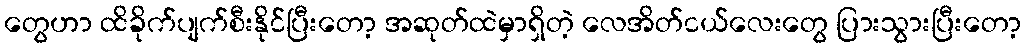
တွေဟာ ထိခိုက်ပျက်စီးနိုင်ပြီးတော့ အဆုတ်ထဲမှာရှိတဲ့ လေအိတ်ငယ်လေးတွေ ပြားသွားပြီးတော့